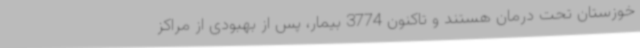
خوزستان تحت درمان هستند و تاکنون 3774 بیمار، پس از بهبودی از مراکز